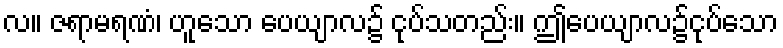
လ။ ဇရာမရဏံ၊ ဟူသော ပေယျာလ၌ ငုပ်သတည်း။ ဤပေယျာလ၌ငုပ်သော